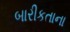
બારીકતાના